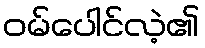
ဝမ်ပေါင်လဲ့၏